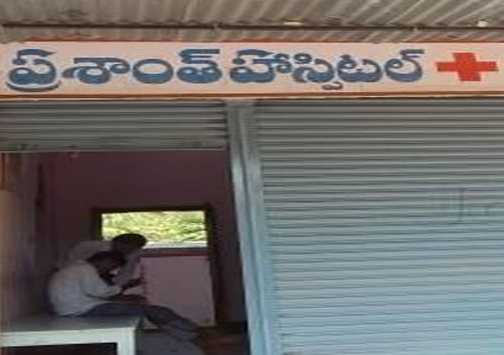
Language: telugu
Transcription: హాస్పిటల్ ప్రశాంత్